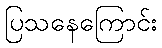
ပြသနေကြောင်း